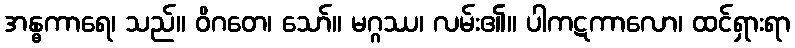
အန္ဓကာရေ၊ သည်။ ဝိဂတေ၊ သော်။ မဂ္ဂဿ၊ လမ်း၏။ ပါကဋကာလော၊ ထင်ရှားရာ